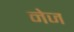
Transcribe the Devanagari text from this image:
नेज